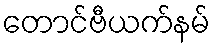
တောင်ဗီယက်နမ်